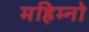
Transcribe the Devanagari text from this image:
महिम्नो